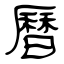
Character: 曆